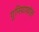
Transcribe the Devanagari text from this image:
गुनियाफॉल